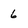
Character: 6